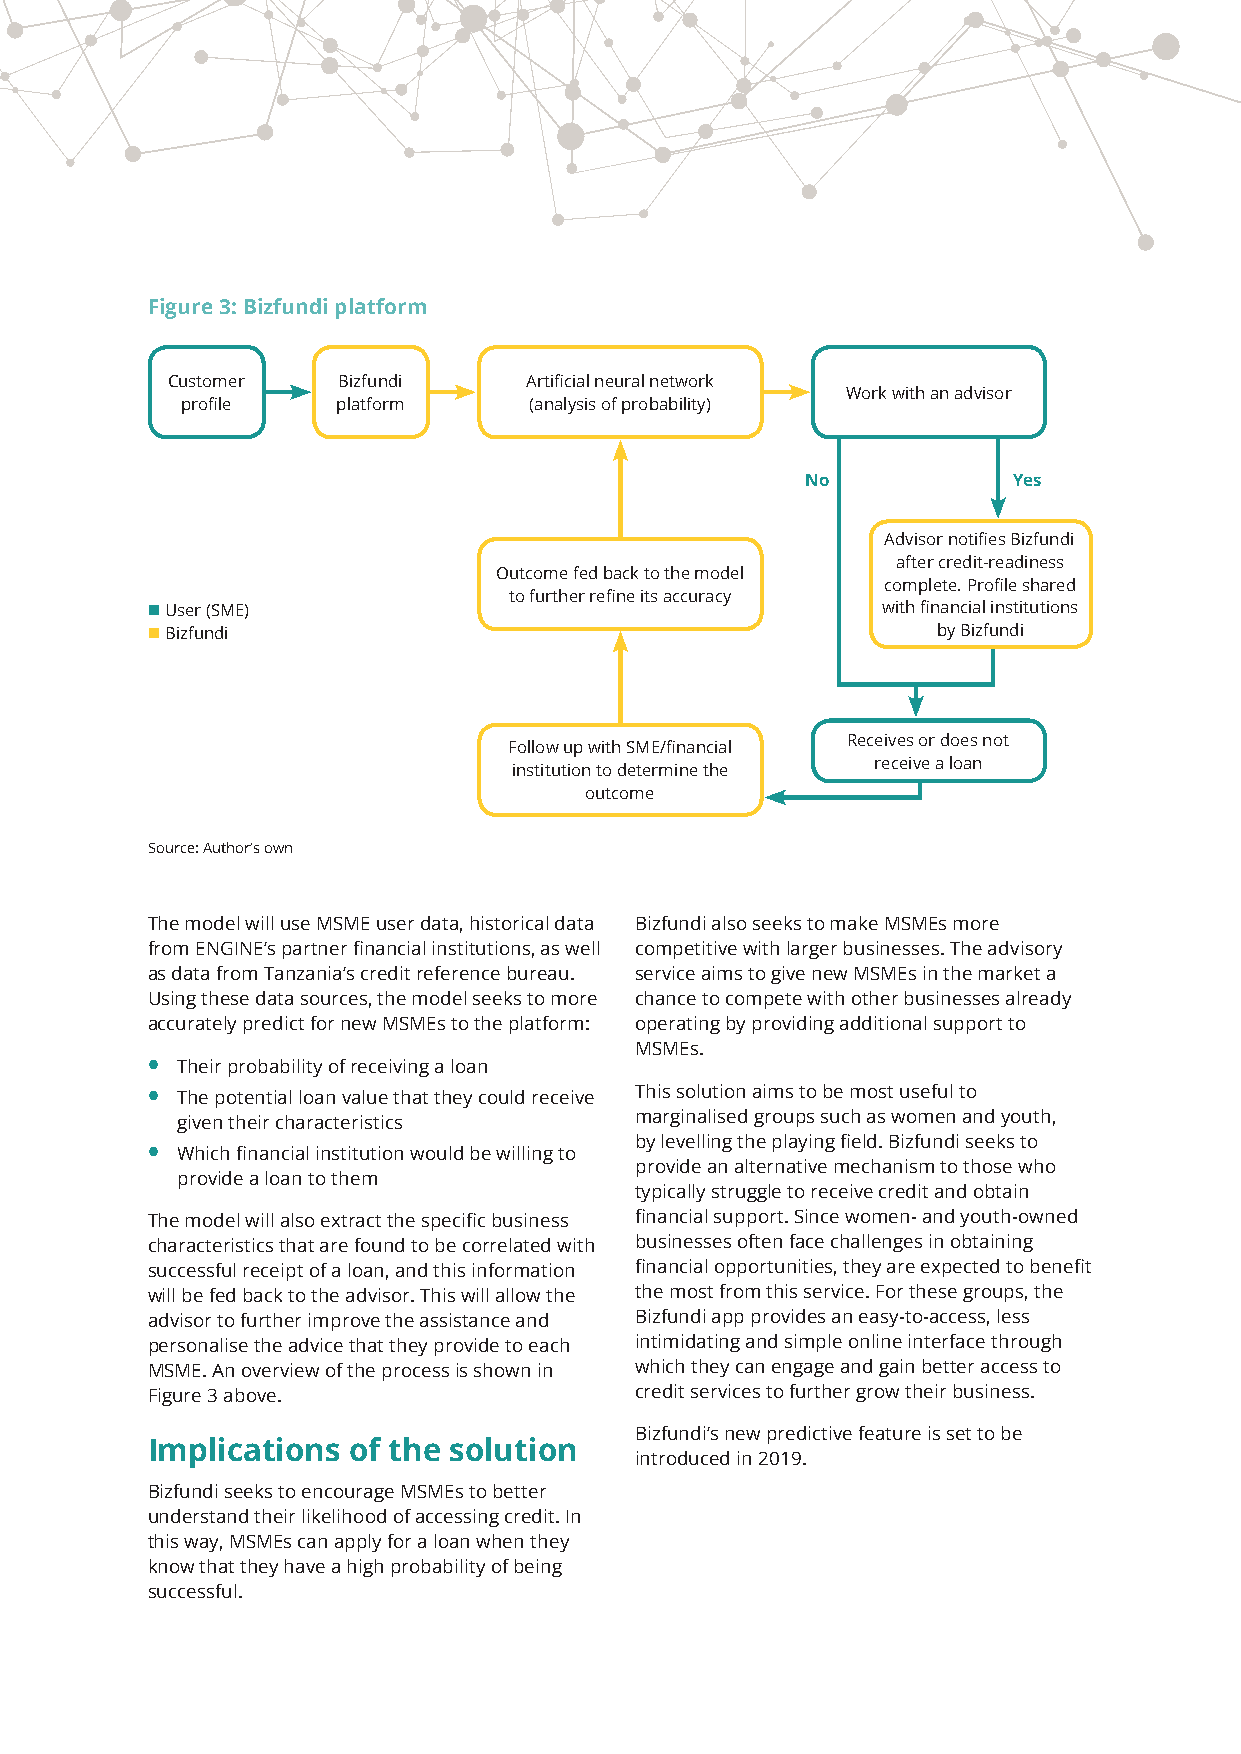
Figure 3: Bizfundi platform
 Customer   Bizfundi     Artificial neural network
 Work with an advisor
 profile   platform     (analysis of probability)
 No            Yes
 Advisor notifies Bizfundi
 after credit-readiness
 Outcome fed back to the model
 complete. Profile shared
 to further refine its accuracy
  User (SME)                                    with financial institutions
  Bizfundi                                          by Bizfundi
 Receives or does not
 Follow up with SME/financial
 receive a loan
 institution to determine the
 outcome
 Source: Author’s own
 The model will use MSME user data, historical data Bizfundi also seeks to make MSMEs more
 from ENGINE’s partner financial institutions, as well competitive with larger businesses. The advisory
 as data from Tanzania’s credit reference bureau. service aims to give new MSMEs in the market a
 Using these data sources, the model seeks to more chance to compete with other businesses already
 accurately predict for new MSMEs to the platform: operating by providing additional support to
 MSMEs.
 • Their probability of receiving a loan
 • The potential loan value that they could receive This solution aims to be most useful to
 given their characteristics   marginalised groups such as women and youth,
 by levelling the playing field. Bizfundi seeks to
 • Which financial institution would be willing to
 provide an alternative mechanism to those who
 provide a loan to them
 typically struggle to receive credit and obtain
 The model will also extract the specific business financial support. Since women- and youth-owned
 characteristics that are found to be correlated with businesses often face challenges in obtaining
 successful receipt of a loan, and this information financial opportunities, they are expected to benefit
 will be fed back to the advisor. This will allow the the most from this service. For these groups, the
 advisor to further improve the assistance and Bizfundi app provides an easy-to-access, less
 personalise the advice that they provide to each intimidating and simple online interface through
 MSME. An overview of the process is shown in which they can engage and gain better access to
 Figure 3 above.                 credit services to further grow their business.
 Bizfundi’s new predictive feature is set to be
 Implications of the solution
 introduced in 2019.
 Bizfundi seeks to encourage MSMEs to better
 understand their likelihood of accessing credit. In
 this way, MSMEs can apply for a loan when they
 know that they have a high probability of being
 successful.